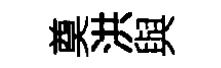
奠洪與